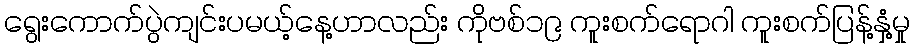
ရွေးကောက်ပွဲကျင်းပမယ့်နေ့ဟာလည်း ကိုဗစ်၁၉ ကူးစက်ရောဂါ ကူးစက်ပြန့်နှံ့မှု